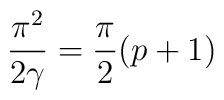
\frac{\pi ^{2}}{2\gamma }=\frac{\pi }{2}(p+1)\protect